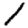
Digit: 1